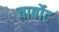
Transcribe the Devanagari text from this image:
चार्बोट